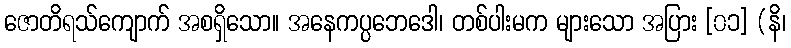
ဇောတိရသ်ကျောက် အစရှိသော။ အနေကပ္ပဘေဒေါ၊ တစ်ပါးမက များသော အပြား [၀၁] (နိ၊